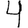
Digit: 4